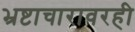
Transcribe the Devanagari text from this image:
भ्रष्टाचारावरही